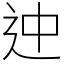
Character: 迚